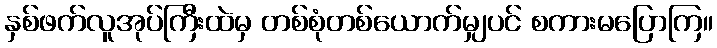
နှစ်ဖက်လူအုပ်ကြီးထဲမှ တစ်စုံတစ်ယောက်မျှပင် စကားမပြောကြ။